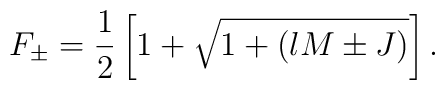
F_{\pm} = \frac{1}{2} \left[ 1 + \sqrt{ 1 + (lM \pm J)} \right].